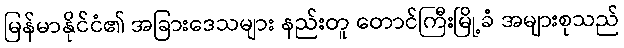
မြန်မာနိုင်ငံ၏ အခြားဒေသများ နည်းတူ တောင်ကြီးမြို့ခံ အများစုသည်